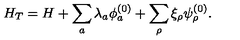
H _ { T } = H + \sum _ { a } \lambda _ { a } \phi _ { a } ^ { ( 0 ) } + \sum _ { \rho } \xi _ { \rho } \psi _ { \rho } ^ { ( 0 ) } .